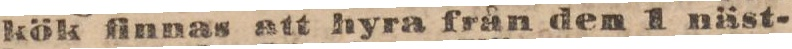
kök finnas att hyra från den 1 näst-